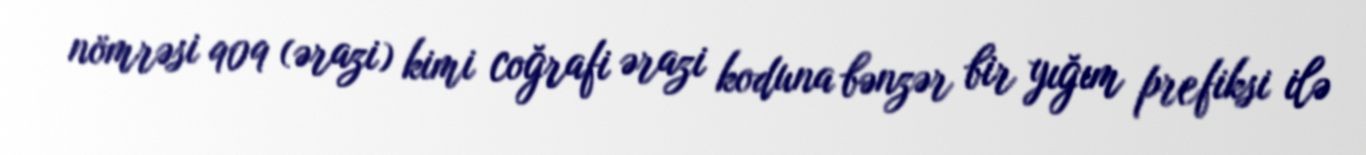
nömrəsi 909 (ərazi) kimi coğrafi ərazi koduna bənzər bir yığım prefiksi ilə